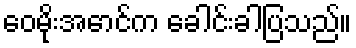
ဝေမိုးအောင်က ခေါင်းခါပြသည်။